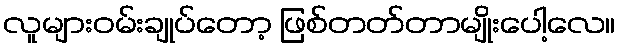
လူများဝမ်းချုပ်တော့ ဖြစ်တတ်တာမျိုးပေါ့လေ။